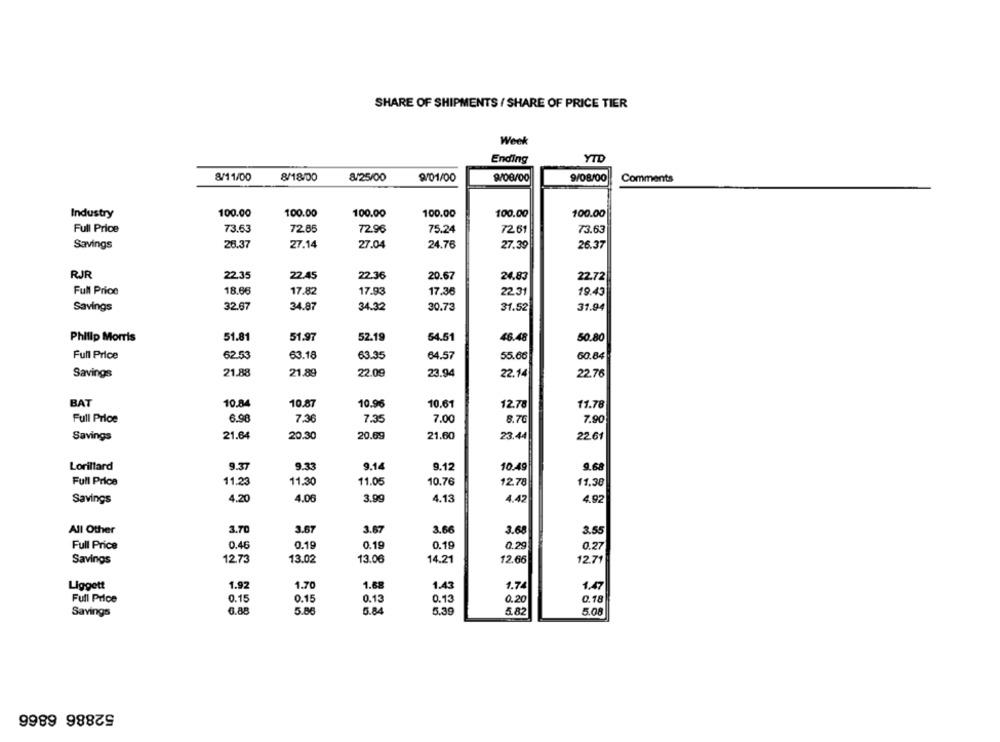
SHARE OF SHIPMENTS / SHARE OF PRICE TIER
Week
Ending
YTD
8/11/00
8/18/00
8/25/00
9/01/00
9/08/00
9/08/00
Comments
Industry
100.00
100.00
100.00
100.00
100.00
100.00
Full Price
73.63
72.85
72.96
75.24
72.61
73.63
Savings
26.37
27.14
27.04
24.76
27.39
26.37
RJR
22.35
22.45
22.36
20.67
24.83
22.72
Full Price
18.68
17.82
17.93
17.36
22.31
19.43
Savings
32.67
34.87
34.32
30.73
31.52
31.94
Philip Morris
51.81
51.97
52.19
64.51
46.48
50.80
Full Price
62.53
63.18
63.35
64.57
55.66
60.84
Savings
21.88
21.89
22.09
23.94
22.14
22.76
BAT
10.84
10.87
10.96
10.61
12.78
11.78
Full Price
6.98
7.36
7.35
7.00
8.76
7.90
Savings
21.64
20.30
20.69
21.60
23.44
22.61
Lorillard
9.37
9.14
9.12
10.49
9.68
9.33
Full Price
11.23
11.30
11.05
10.76
12.78
11.38
4.20
4.00
3.99
4.13
Savings
4.42
4.92
All Other
3.70
3.67
3.67
3.66
3.68
3.55
Full Price
0.46
0.19
0.19
0.19
0.29
0.27
Savings
12.73
13.02
13.06
14.21
12.66
12.71
Liggett
1.97
1.70
1.68
1.43
1.74
1.47
Full Price
0.15
0.15
0.13
0.13
0.20
0.18
Savings
6.88
5.86
5.84
5.39
5.82
5.08
52886 6866